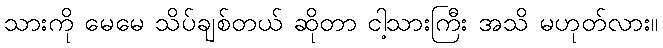
သားကို မေမေ သိပ်ချစ်တယ် ဆိုတာ ငါ့သားကြီး အသိ မဟုတ်လား။